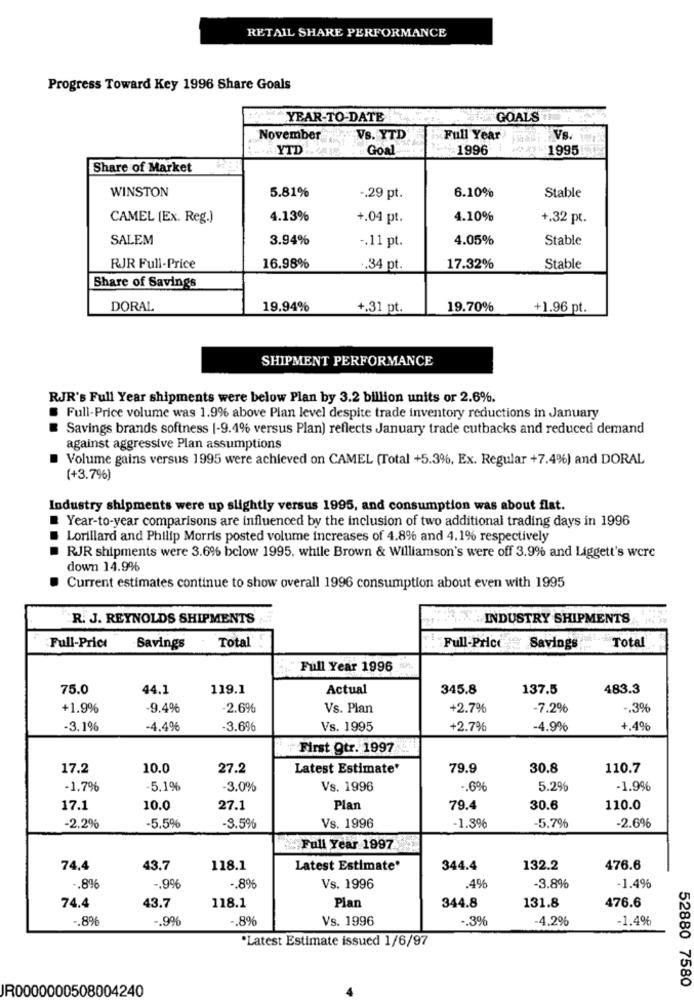
RETAIL SHARE PERFORMANCE
Progress Toward Key 1996 Share Goals
YEAR-TO-DATE
GOALS
November
VS. YTD
Full Year
Vs.
YTD
Goal
1996
1995
Share of Market
WINSTON
6.10%
Stable
5.81%
-. 29 pt.
CAMEL (Ex. Reg.)
4.13%
+.04 pt.
4.10%
+.32 pt.
SALEM
3.94%
4.05%
Stable
-. 11 pt.
RJR Full-Price
16.98%
.. 34 pt.
17.32%
Stable
Share of Savings
DORAL
19.94%
+.31 pt.
19.70%
+1.96 pt.
SHIPMENT PERFORMANCE
RJR's Full Year shipments were below Plan by 3.2 billion units or 2.6%.
Full-Price volume was 1.9% above Plan level despite trade inventory reductions in January
Savings brands softness (-9.4% versus Plan) reflects January trade cutbacks and reduced demand
against aggressive Plan assumptions
Volume gains versus 1995 were achieved on CAMEL (Total +5.3%, Ex. Regular +7.4%) and DORAL
(+3.7%)
Industry shipments were up slightly versus 1995, and consumption was about flat.
Year-to-year comparisons are influenced by the inclusion of two additional trading days in 1996
Lorillard and Philip Morris posted volume increases of 4.8% and 4.1% respectively
RJR shipments were 3.6% below 1995. while Brown & Williamson's were off 3.9% and Liggett's were
down 14.9%
Current estimates continue to show overall 1996 consumption about even with 1995
R. J. REYNOLDS SHIPMENTS
INDUSTRY SHIPMENTS
Total
Full-Price
Savings
Total
Full-Price
Savings
Full Year 1996
75.0
44.1
119.1
Actual
345.8
137.5
483.3
+1.9%
-9.4%
2.6%
Vs. Plan
+2.7%
-7.2%
-. 3%
-3.1%
-4,4%
-3.6%
Vs. 1995
+2.7%
-4.9%
+.4%
First Qtr. 1997
17.2
10.0
27.2
Latest Estimate*
79.9
30.8
110.7
.1.7%
.5.1%
-3.0%
Vs. 1996
.. 6€
5.2%
-1.9%
17.1
10.0
27.1
Plan
79.4
30.6
110.0
Vs. 1996
-2.6%
-2.2%
-5,5%
-3.5%
-1.3%
-5.7%
Full Year 1997
74,4
43.7
118.1
Latest Estimate'
344.4
132.2
476.6
.. 896
-. 9%
.. 8%
Vs. 1996
.4%
-3.8%
-1.4%
74.4
43.7
118.1
Plan
344.8
131.8
476.6
.8%
-. 996
.8%
Vs. 1996
.. 3%
-4.2%
-1.4%
"Latest Estimate issued 1/6/97
IR0000000508004240
52880 7580